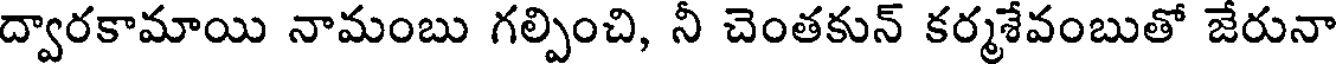
ద్వారకామాయి నామంబు గల్పించి, నీ చెంతకున్ కర్మశేవంబుతో జేరునా